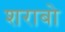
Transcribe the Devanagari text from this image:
शराबो